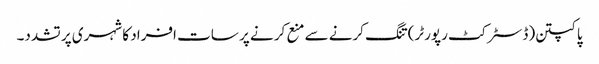
پاکپتن(ڈسٹر کٹ رپورٹر)تنگ کرنے سے منع کر نے پر سات افراد کا شہری پر تشدد۔